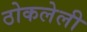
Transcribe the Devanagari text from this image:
ठोकलेली